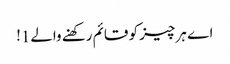
اے ہر چیز کو قائم رکھنے والے1!